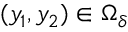
( y _ { 1 } , y _ { 2 } ) \in \Omega _ { \delta }